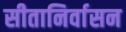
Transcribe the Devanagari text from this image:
सीतानिर्वासन